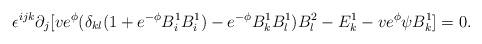
LaTeX: \begin{align*}\epsilon^{ijk}\partial_{j}[ve^{\phi}(\delta_{kl}(1 + e^{-\phi}B_{i}^1B_{i}^1 ) - e^{-\phi}B_{k}^1 B_{l}^1 )B_{l}^2 - E_{k}^1 - ve^{\phi}\psi B_{k}^1 ]= 0.\end{align*}